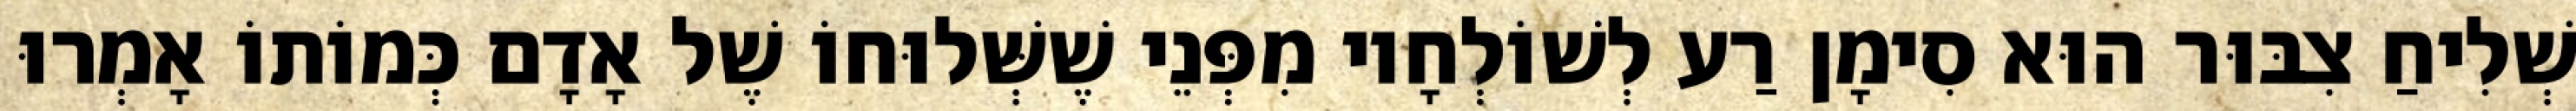
שְׁלִיחַ צִבּוּר הוּא סִימָן רַע לְשׁוֹלְחָיו מִפְּנֵי שֶׁשְּׁלוּחוֹ שֶׁל אָדָם כְּמוֹתוֹ אָמְרוּ